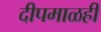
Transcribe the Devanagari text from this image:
दीपमाळही